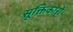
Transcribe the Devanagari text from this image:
सूक्तिकारों